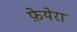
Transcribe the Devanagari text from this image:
फ़ेयेरा